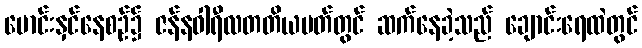
မောင်းနှင်နေစဉ်၌ ဇန်နဝါရီလတတိယပတ်တွင် ဆက်နေခဲ့သည် ချောင်းရေထဲတွင်